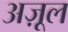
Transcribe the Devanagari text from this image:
अज़ूल